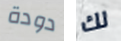
دودة لك